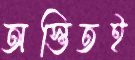
অস্তিতই